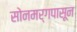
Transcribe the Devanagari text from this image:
सोनमर्गपासून